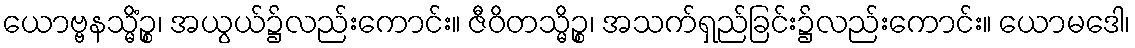
ယောဗ္ဗနသ္မိံဉ္စ၊ အယွယ်၌လည်းကောင်း။ ဇီဝိတသ္မိဉ္စ၊ အသက်ရှည်ခြင်း၌လည်းကောင်း။ ယောမဒေါ၊